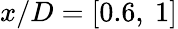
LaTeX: x/D=[0.6,\ 1]